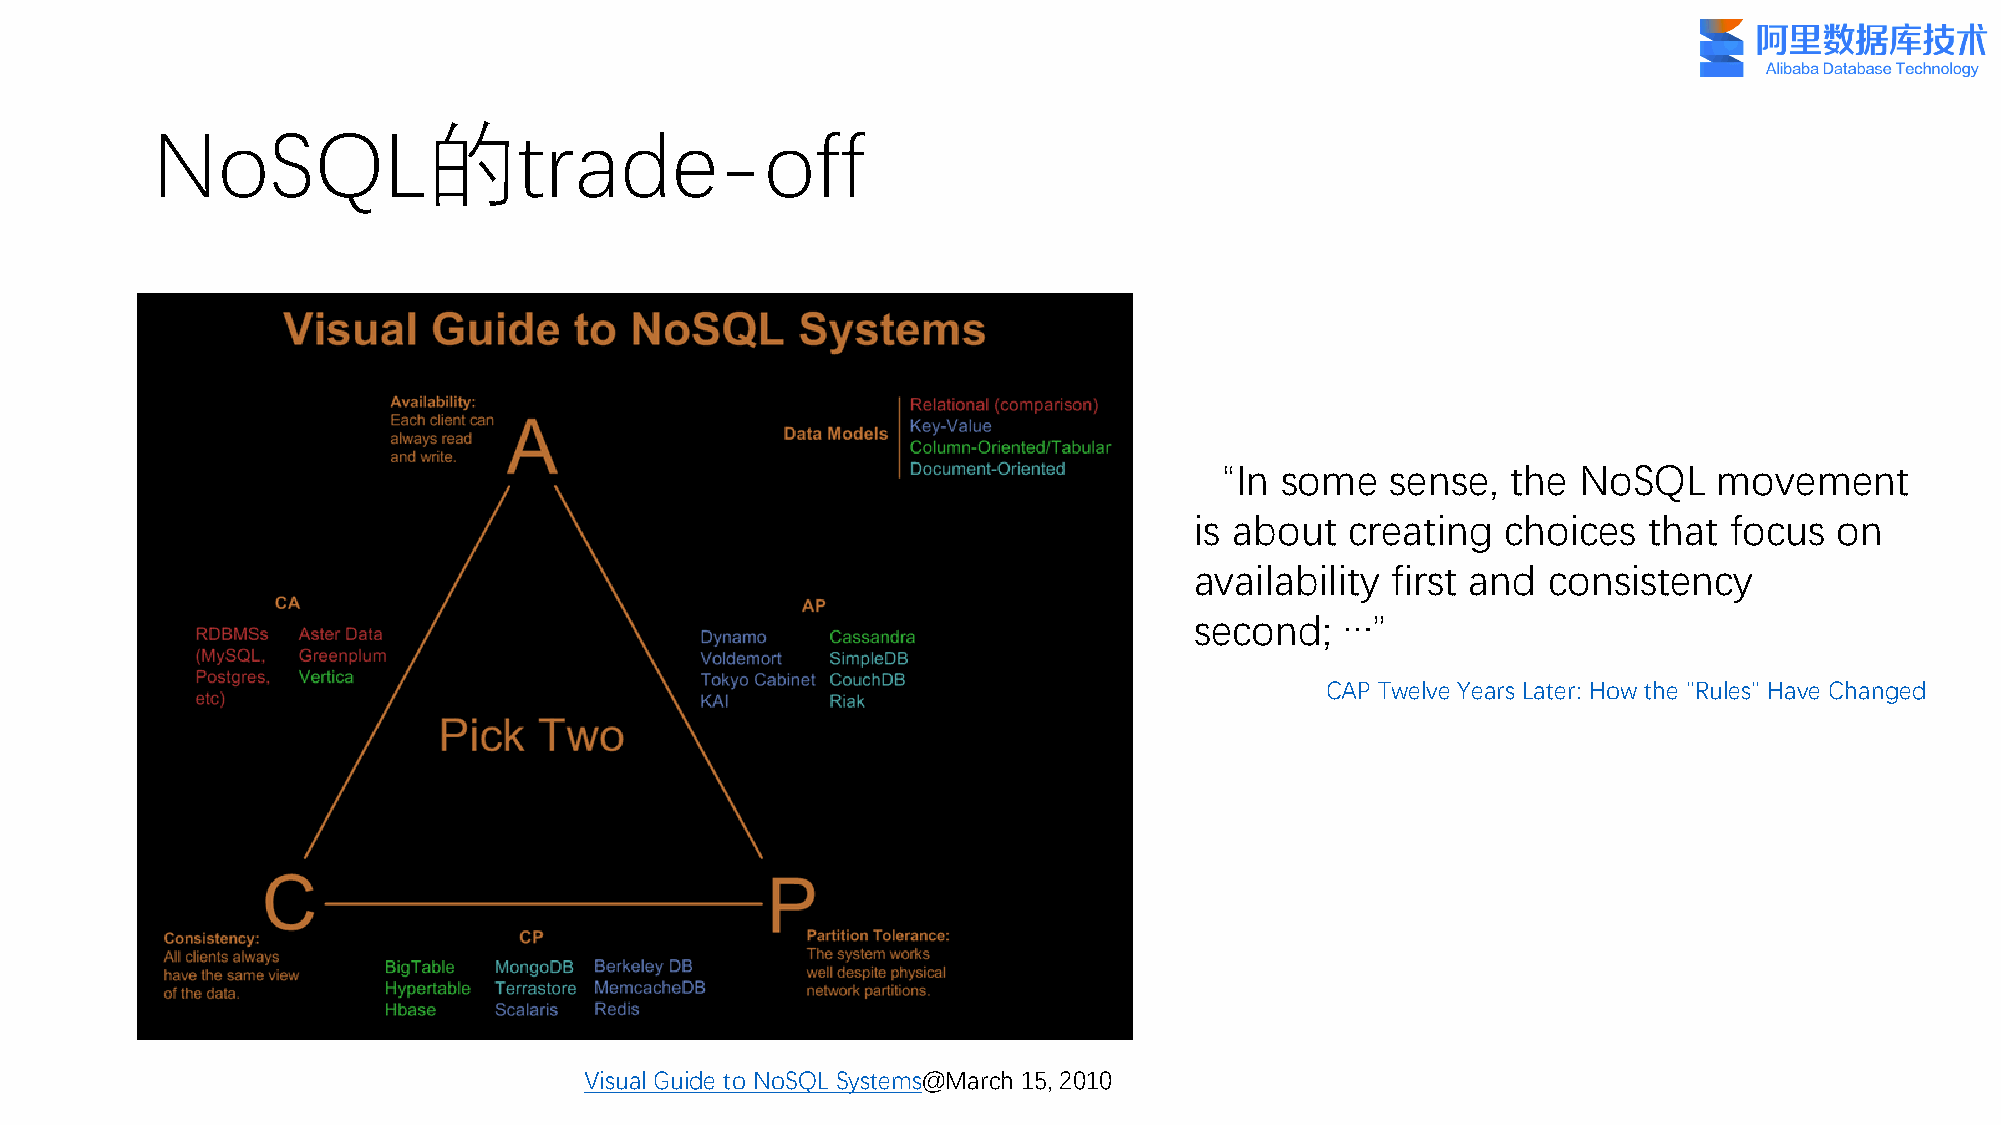
NoSQL的trade-off
 “In   some   sense,  the NoSQL     movement
 is about  creating   choices  that focus   on
 availability first and consistency
 second;   …”
 CAP Twelve Years Later: How the "Rules" Have Changed
 Visual Guide to NoSQL Systems@March 15, 2010